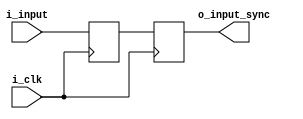
module synchronizer (
  input   i_clk,
  input   i_input,
  output  o_input_sync
);
  
  reg r_input_sync_1 = 1'b0;
  reg r_input_sync_2 = 1'b0;
  always @(posedge i_clk) begin
    {r_input_sync_2, r_input_sync_1} <= {r_input_sync_1, i_input};
  end

  assign o_input_sync = r_input_sync_2;

endmodule